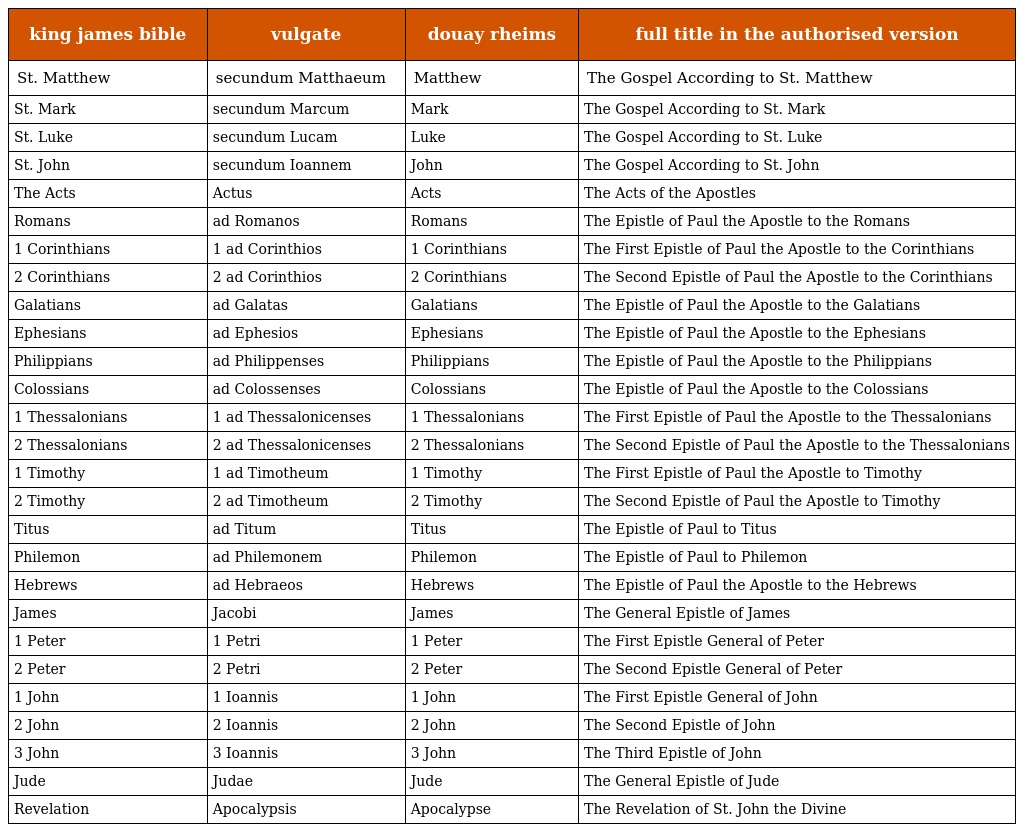
| king james bible | vulgate | douay rheims | full title in the authorised version |
 | --- | --- | --- | --- |
 | St. Matthew | secundum Matthaeum | Matthew | The Gospel According to St. Matthew |
 | St. Mark | secundum Marcum | Mark | The Gospel According to St. Mark |
 | St. Luke | secundum Lucam | Luke | The Gospel According to St. Luke |
 | St. John | secundum Ioannem | John | The Gospel According to St. John |
 | The Acts | Actus | Acts | The Acts of the Apostles |
 | Romans | ad Romanos | Romans | The Epistle of Paul the Apostle to the Romans |
 | 1 Corinthians | 1 ad Corinthios | 1 Corinthians | The First Epistle of Paul the Apostle to the Corinthians |
 | 2 Corinthians | 2 ad Corinthios | 2 Corinthians | The Second Epistle of Paul the Apostle to the Corinthians |
 | Galatians | ad Galatas | Galatians | The Epistle of Paul the Apostle to the Galatians |
 | Ephesians | ad Ephesios | Ephesians | The Epistle of Paul the Apostle to the Ephesians |
 | Philippians | ad Philippenses | Philippians | The Epistle of Paul the Apostle to the Philippians |
 | Colossians | ad Colossenses | Colossians | The Epistle of Paul the Apostle to the Colossians |
 | 1 Thessalonians | 1 ad Thessalonicenses | 1 Thessalonians | The First Epistle of Paul the Apostle to the Thessalonians |
 | 2 Thessalonians | 2 ad Thessalonicenses | 2 Thessalonians | The Second Epistle of Paul the Apostle to the Thessalonians |
 | 1 Timothy | 1 ad Timotheum | 1 Timothy | The First Epistle of Paul the Apostle to Timothy |
 | 2 Timothy | 2 ad Timotheum | 2 Timothy | The Second Epistle of Paul the Apostle to Timothy |
 | Titus | ad Titum | Titus | The Epistle of Paul to Titus |
 | Philemon | ad Philemonem | Philemon | The Epistle of Paul to Philemon |
 | Hebrews | ad Hebraeos | Hebrews | The Epistle of Paul the Apostle to the Hebrews |
 | James | Jacobi | James | The General Epistle of James |
 | 1 Peter | 1 Petri | 1 Peter | The First Epistle General of Peter |
 | 2 Peter | 2 Petri | 2 Peter | The Second Epistle General of Peter |
 | 1 John | 1 Ioannis | 1 John | The First Epistle General of John |
 | 2 John | 2 Ioannis | 2 John | The Second Epistle of John |
 | 3 John | 3 Ioannis | 3 John | The Third Epistle of John |
 | Jude | Judae | Jude | The General Epistle of Jude |
 | Revelation | Apocalypsis | Apocalypse | The Revelation of St. John the Divine |